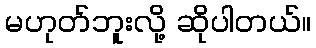
မဟုတ်ဘူးလို့ ဆိုပါတယ်။